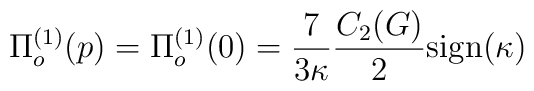
\Pi_o^{(1)} (p)= \Pi_o^{(1)} (0)                      = \frac{7}{3\kappa}\frac{C_2 (G)}{2}{\rm sign}(\kappa)